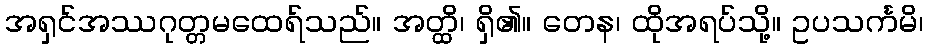
အရှင်အဿဂုတ္တမထေရ်သည်။ အတ္ထိ၊ ရှိ၏။ တေန၊ ထိုအရပ်သို့။ ဥပသင်္ကမိ၊